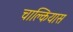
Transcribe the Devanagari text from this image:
चाल्कियास